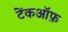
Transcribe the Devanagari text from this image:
टेंकऑफ़